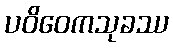
ပဝိဝေကသုခဿ